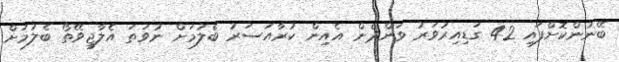
ބޭނުންކޮށްފައި 42 ގަޑިއިރުވަރު ވަންދެން އެއިން ކުރާއަސަރު ބެލުމަށް ނުވަތަ އެލާޖީވޭތޯ ބެލުމަށް